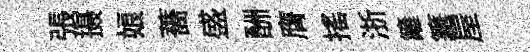
張摄娘薔盛酬膺搖浙籬篝屋